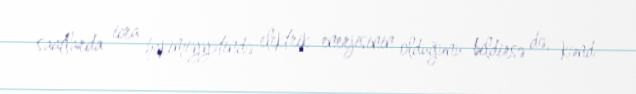
saatlarda icra hakimiyyətində elektrik enerjisinin olduğunu bildirsə də, kənd